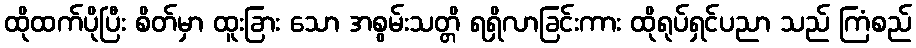
ထိုထက်ပိုပြီး စိတ်မှာ ထူးခြား သော အစွမ်းသတ္တိ ရရှိလာခြင်းကား ထိုရုပ်ရှင်ပညာ သည် ကြံစည်